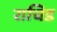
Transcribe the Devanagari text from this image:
राचिड